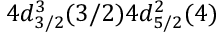
4 d _ { 3 / 2 } ^ { 3 } ( 3 / 2 ) 4 d _ { 5 / 2 } ^ { 2 } ( 4 )